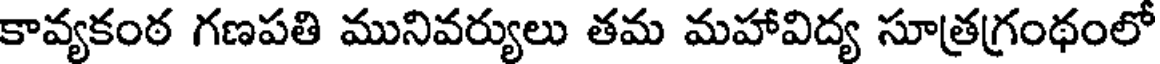
కావ్యకంఠ గణపతి మునివర్యులు తమ మహావిద్య సూత్రగ్రంథంలో